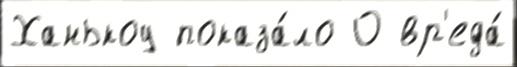
Ханькоу показа́ло О вр'еда́